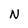
Character: N